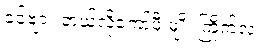
ခင်ဗျား ဘယ်လိုကော်ဖီ မျိုး ကြိုက်လဲ။